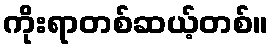
ကိုးရာတစ်ဆယ့်တစ်။